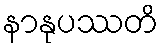
နာနုပဿတိ